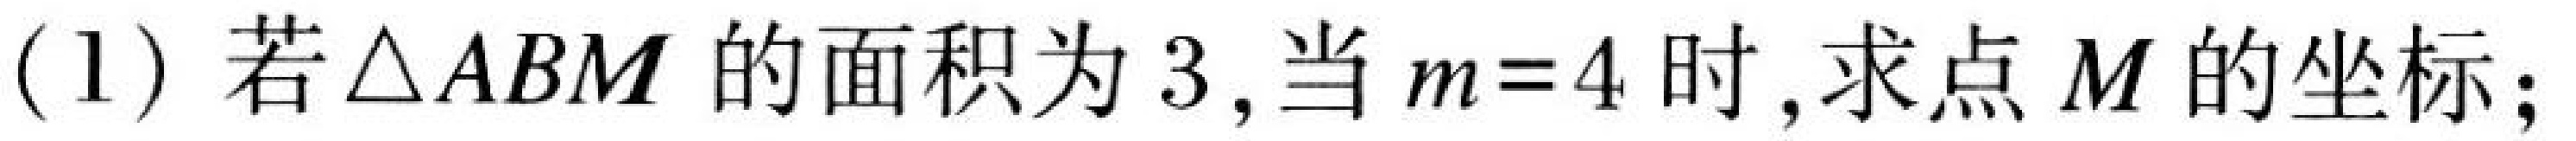
(1) 若\(\triangle ABM\)的面积为\(3\), 当\(m = 4\)时, 求点\(M\)的坐标;